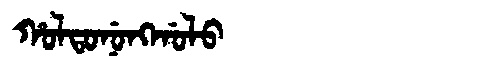
Manchu: ᡥᠣᠯᡨᠣᠨᡠᠩᡤᠣᠯᠣ
Romanization: HOLTONUNGGOLO